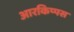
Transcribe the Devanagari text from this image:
आरकिप्पस